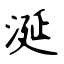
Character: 涎